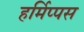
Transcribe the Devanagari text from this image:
हर्मिप्पस